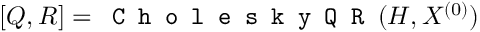
[ Q , R ] = \texttt { C h o l e s k y Q R } ( H , X ^ { ( 0 ) } )